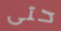
حتى